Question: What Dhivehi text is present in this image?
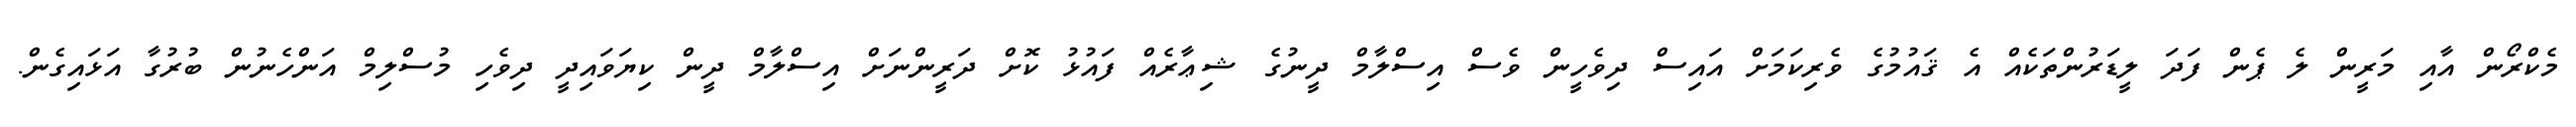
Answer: މެކްރޯން އާއި މަރީން ލެ ޕެން ފަދަ ލީޑަރުންތަކެއް އެ ޤައުމުގެ ވެރިކަމަށް އައިސް ދިވެހީން ވެސް އިސްލާމް ދީނުގެ ޝިޢާރެއް ފައުޅު ކޮށް ދަރީންނަށް އިސްލާމް ދީން ކިޔަވައިދީ ދިވެހި މުސްލިމް އަންހެނުން ބުރުގާ އަޅައިގެން.